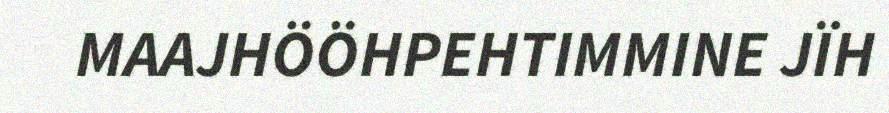
MAAJHÖÖHPEHTIMMINE JÏH